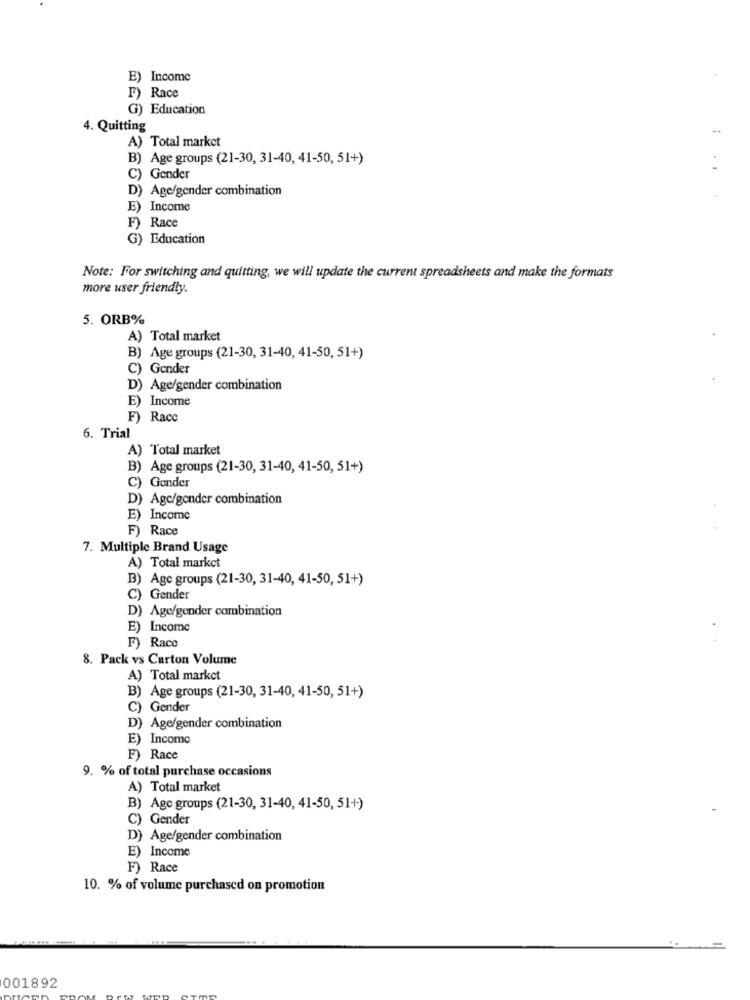
E) Income
I) Race
G) Education
4. Quitting
A) Total market
B) Age groups (21-30, 31-40, 41-50, 51+)
C) Gender
D) Age/gender combination
E) Income
F) Race
G) Education
Note: For switching and quitting, we will update the current spreadsheets and make the formats
more user friendly.
5. ORB%
A) Total market
B) Age groups (21-30, 31-40, 41-50, 51+)
C) Gender
) Age/gender combination
E) Income
F) Racc
6. Trial
A) Total market
B) Age groups (21-30, 31-40, 41-50, 51+)
C) Gender
D) Agc/gonder combination
E) Income
F) Race
7. Multiple Brand Usage
A) Total market
B) Age groups (21-30, 31-40, 41-50, 51+)
C) Gender
D) Age/gender combination
E) Income
F) Racc
8. Pack vs Carton Volume
A) Total market
B) Age groups (21-30, 31-40, 41-50, 51+)
C) Gender
D) Age/gender combination
E) Incomo
F) Race
9. % of total purchase occasions
A) Total market
B) Age groups (21-30, 31-40, 41-50, 51+)
C) Gender
D) Age/gender combination
E) Income
F) Race
10. % of volume purchased on promotion
001892